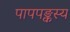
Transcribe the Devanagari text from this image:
पापपङ्कस्य